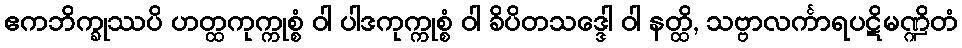
ဧကဘိက္ခုဿပိ ဟတ္ထကုက္ကုစ္စံ ဝါ ပါဒကုက္ကုစ္စံ ဝါ ခိပိတသဒ္ဒေါ ဝါ နတ္ထိ, သဗ္ဗာလင်္ကာရပဋိမဏ္ဍိတံ